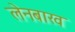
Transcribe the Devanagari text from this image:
लेनबाख